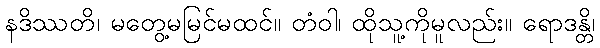
နဒိဿတိ၊ မတွေ့မမြင်မထင်။ တံဝါ၊ ထိုသူ့ကိုမူလည်း။ ရောဒန္တိ၊